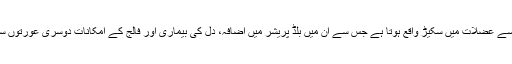
گولیوں کے اثرات سے عضلات میں سکیڑ واقع ہوتا ہے جس سے ان میں بلڈ پریشر میں اضافہ، دل کی بیماری اور فالج کے امکانات دوسری عورتوں سے زیادہ ہوتے ہیں۔